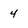
Character: 4